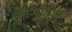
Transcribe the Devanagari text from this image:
औरन्यूट्रोफिल्स।